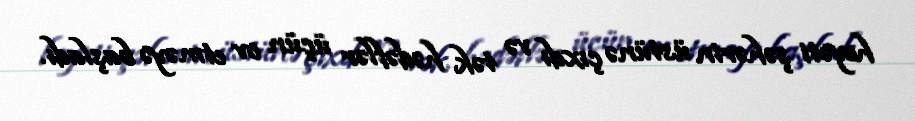
heyəti şəhərin üstünə çıxdı və tək hədəflər üçün ov etməyə başladı.